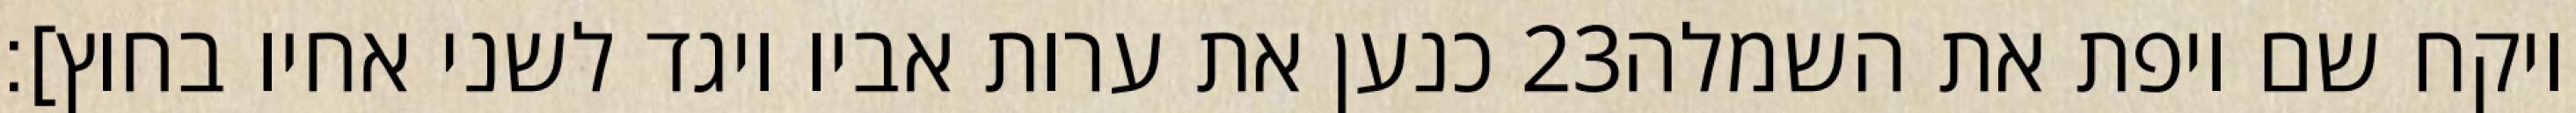
כנען את ערות אביו ויגד לשני אחיו בחוץ]׃ ‎23‏ ויקח שם ויפת את השמלה